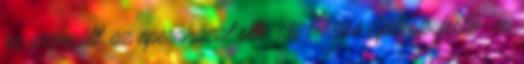
az arzenált, az operaházat stb. 1821-1884 Építész, festő- és